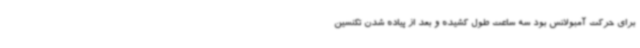
برای حرکت آمبولانس بود سه ساعت طول کشیده و بعد از پیاده شدن تکنسین